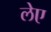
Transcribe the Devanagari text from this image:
लेए